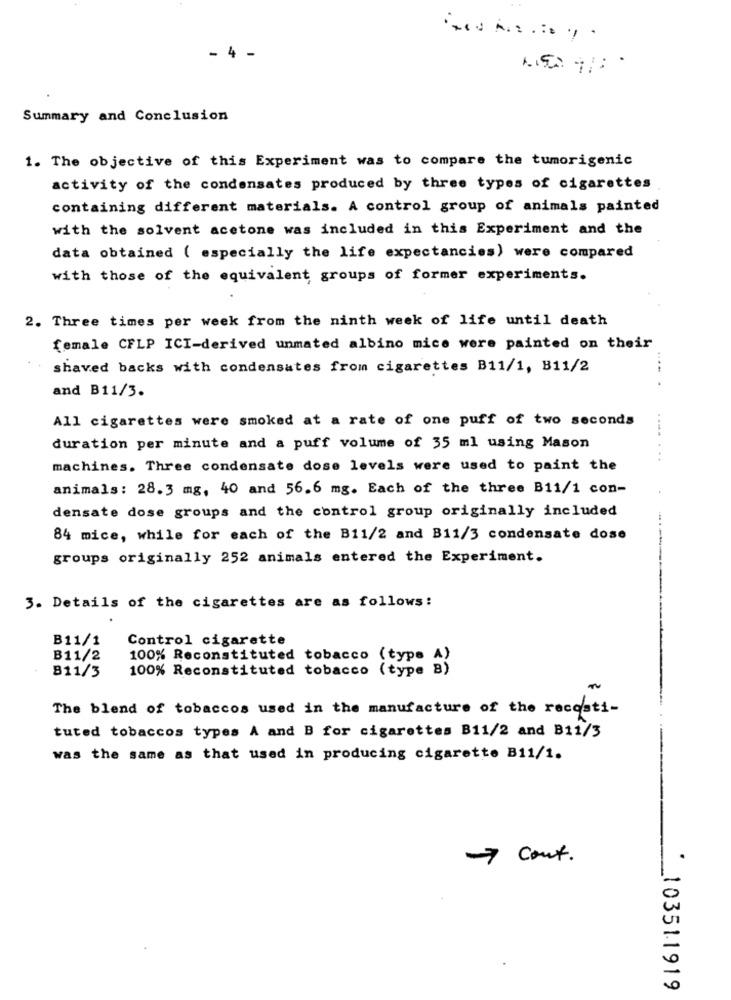
Summary and Conclusion
1. The objective of this Experiment was to compare the tumorigenic
activity of the condensates produced by three types of cigarettes
containing different materials. A control group of animals painted
with the solvent acetone was included in this Experiment and the
data obtained ( especially the life expectancies) were compared
with those of the equivalent groups of former experiments.
2. Three times per week from the ninth week of life until death
female CFLP ICI-derived unmated albino mice were painted on their
shaved backs with condensates from cigarettes B11/1, B11/2
and B11/3.
.... .
All cigarettes were smoked at a rate of one puff of two seconds
duration per minute and a puff volume of 35 ml using Mason
machines. Three condensate dose levels were used to paint the
animals: 28.3 mg, 40 and 56.6 mg. Each of the three B11/1 con-
densate dose groups and the control group originally included
84 mice, while for each of the B11/2 and B11/3 condensate dose
groups originally 252 animals entered the Experiment.
3. Details of the cigarettes are as follows:
B11/1
Control cigarette
B11/2
100% Reconstituted tobacco (type A)
100% Reconstituted tobacco (type B)
811/3
The blend of tobaccos used in the manufacture of the recosti-
tuted tobaccos types A and B for cigarettes B11/2 and B11/3
was the same as that used in producing cigarette B11/1.
cout.
10351.1919